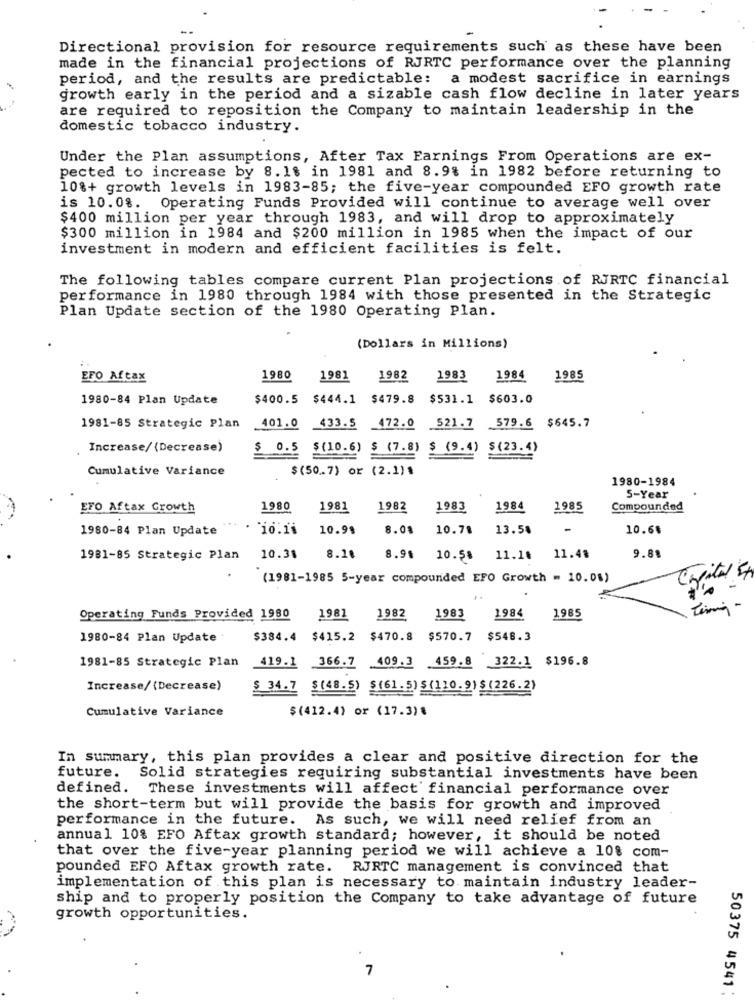
Directional provision for resource requirements such as these have been
made in the financial projections of RJRTC performance over the planning
period, and the results are predictable: a modest sacrifice in earnings
growth early in the period and a sizable cash flow decline in later years
are required to reposition the Company to maintain leadership in the
domestic tobacco industry.
Under the Plan assumptions, After Tax Earnings From Operations are ex-
pected to increase by 8.18 in 1981 and 8.9% in 1982 before returning to
10%+ growth levels in 1983-85; the five-year compounded EFO growth rate
is 10.08. Operating Funds Provided will continue to average well over
$400 million per year through 1983, and will drop to approximately
$300 million in 1984 and $200 million in 1985 when the impact of our
investment in modern and efficient facilities is felt.
The following tables compare current Plan projections of RJRTC financial
performance in 1980 through 1984 with those presented in the Strategic
Plan Update section of the 1980 Operating Plan.
(Dollars in Millions)
EFO Aftax
1980
1981
1982
1983
1984
1985
1980-84 Plan Update
$400.5
$444.1
$479.8
$531.1
$603.0
401.0
433.5
472.0 521.7
1981-85 Strategic Plan
579.6 $645.7
Increase/ (Decrease)
$ 0.5
$ (10.6)
$ (7.8)
$ (9.4)
$ (23.4)
Cumulative Variance
$(50 .. 7) or (2.1)$
1980-1984
S-Year
EFO Aftax Growth
1980
1981
1982
1983
1984
1985
Compounded
....
1980-84 Plan Update
. 10.16
10.99
8.08
10.78
13.58
10.65
1981-85 Strategic Plan
10.38
8.18
8.91
10.58
11.18
11.48
9.88
(1981-1985 5-year compounded EFO Growth = 10.08)
Operating Funds Provided 1980
1981
1982
1983
1984
1985
1980-84 Plan Update +
$384.4
$415.2 $470.8 $570.7 $548.3
1981-85 Strategic Plan
419.1 366.7 409.3 459.8 322.1 $196.8
Increase/ (Decrease)
$ 34.7 $(48.5) $(61.5) $ (110.9) $ (226.2)
Cumulative Variance
$(412.4) or (17.3).
In summary, this plan provides a clear and positive direction for the
future.
Solid strategies requiring substantial investments have been
defined. These investments will affect financial performance over
the short-term but will provide the basis for growth and improved
performance in the future. As such, we will need relief from an
annual 10% EFO Aftax growth standard; however, it should be noted
that over the five-year planning period we will achieve a 108 com-
pounded EFO Aftax growth rate. RJRTC management is convinced that
implementation of this plan is necessary to maintain industry leader-
ship and to properly position the Company to take advantage of future
growth opportunities.
7
50375 4541